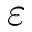
\varepsilon